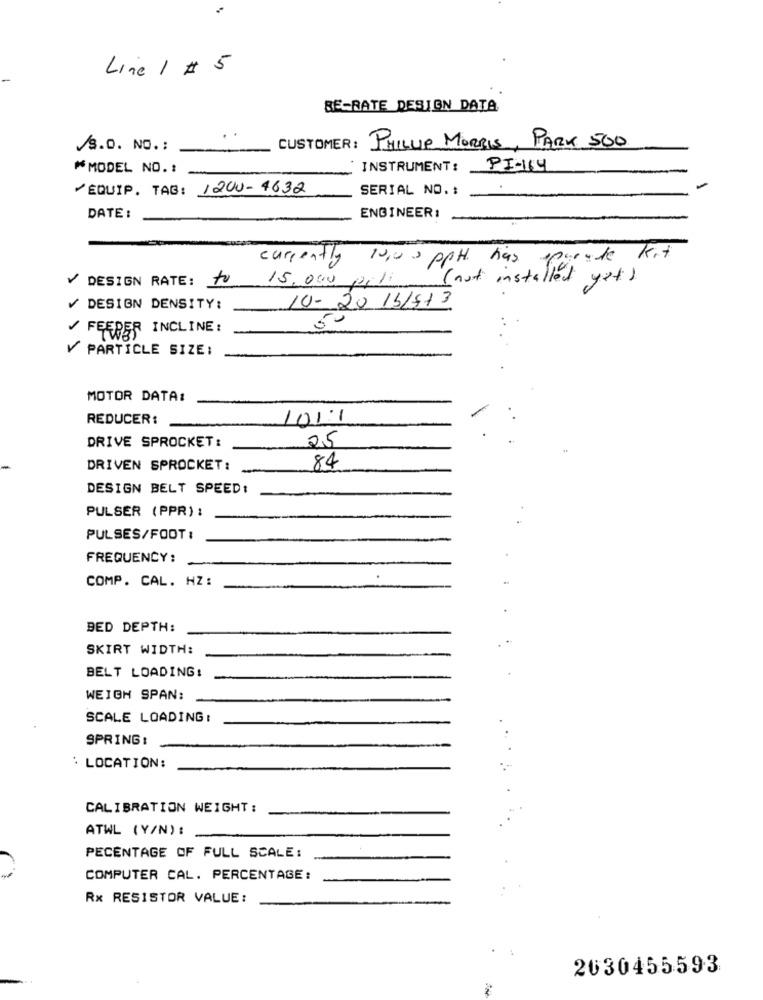
Line 1 #
BE-RATE DESIGN DATA
S.O. NO .:
CUSTOMER : PHILIP MORRIS,
PARK 500
⑈MODEL NO. :
INSTRUMENT:
PI-164
EQUIP. TAG: 1200-4632
SERIAL NO. :
DATE :
ENGINEER:
currently 10,00 ppt. has
Parade Kit
(not installed
DESIGN RATE:
to
15.000 pili
yet)
10- 20 14/773
DESIGN DENSITY:
50
FEEPER INCLINE:
V PARTICLE SIZE:
MOTOR DATA:
REDUCER:
101:1
25
DRIVE SPROCKET:
DRIVEN SPROCKET:
84
DESIGN BELT SPEED:
PULSER (PPR) :
PULSES/FOOT :
FREQUENCY:
COMP. CAL. HZ:
BED DEPTH:
SKIRT WIDTH:
BELT LOADING:
WEIGH SPAN:
SCALE LOADING:
SPRING:
:LOCATION:
CALIBRATION WEIGHT:
ATWL (Y/N) :
PECENTAGE OF FULL SCALE:
COMPUTER CAL. PERCENTAGE:
Rx RESISTOR VALUE:
2030455593